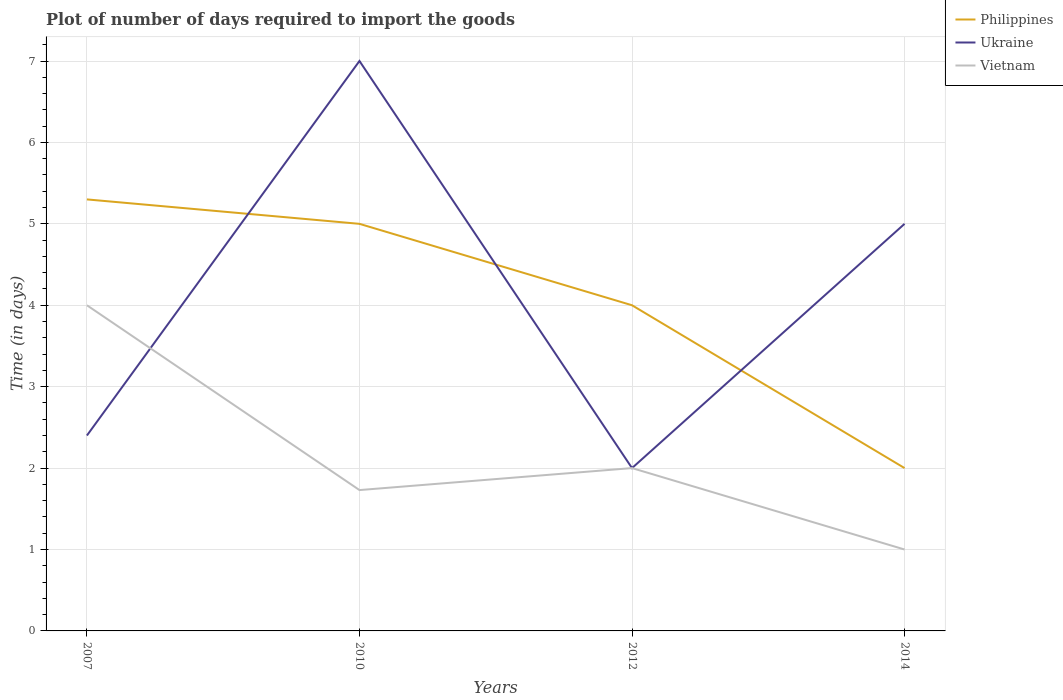
| Years | Philippines | Ukraine | Vietnam |
 | --- | --- | --- | --- |
 | 2007 | 5.3 | 2.4 | 4 |
 | 2010 | 5 | 7 | 1.73 |
 | 2012 | 4 | 2 | 2 |
 | 2014 | 2 | 5 | 1 |